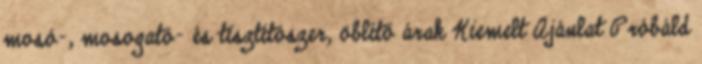
mosó-, mosogató- és tisztítószer, öblítő árak Kiemelt Ajánlat Próbáld